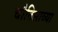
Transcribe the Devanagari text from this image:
चौतिसाव्या